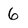
Character: 6